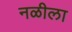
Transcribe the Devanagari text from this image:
नळीला